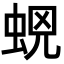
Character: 𧊫